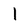
Character: l